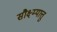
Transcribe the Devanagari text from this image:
सौक्ष्म्यात्तु